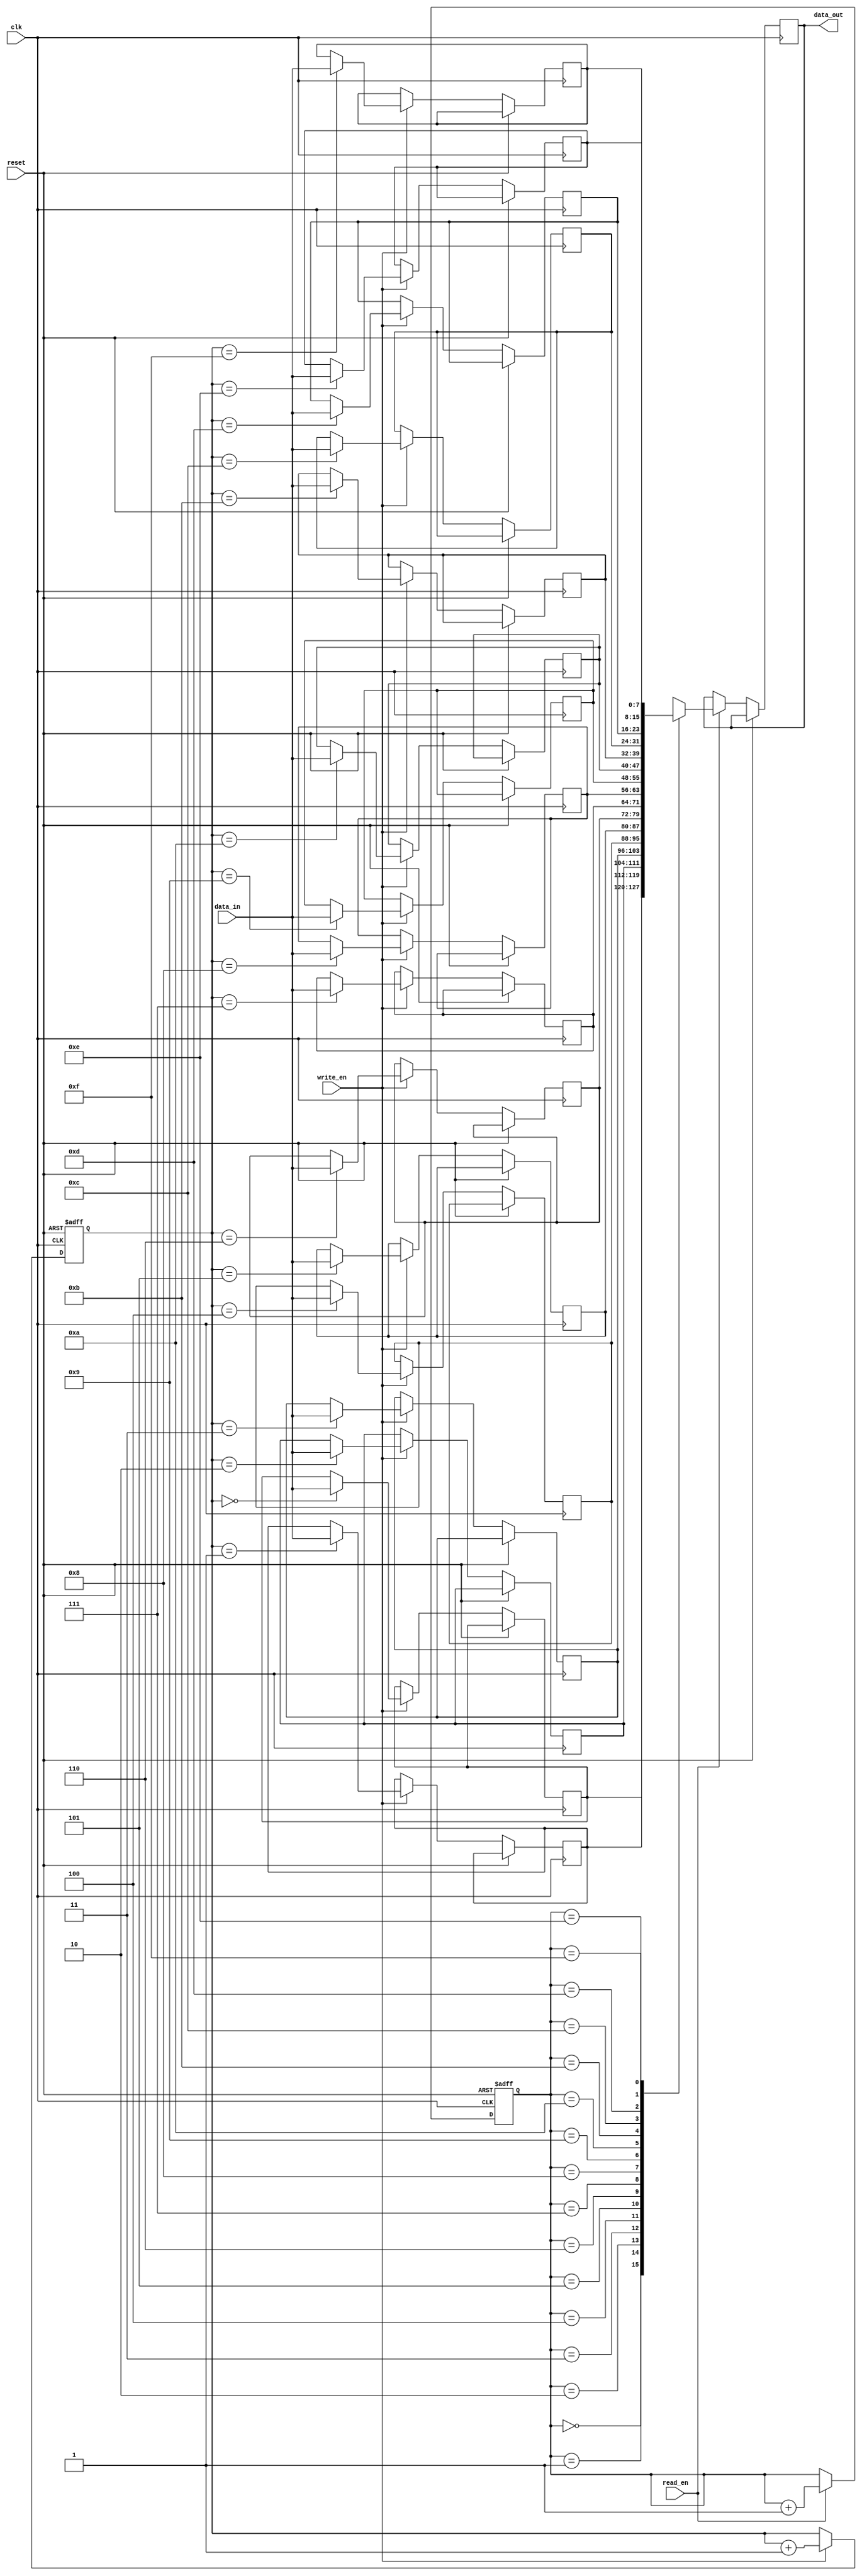
module FIFO (
    input wire clk,
    input wire reset,
    input wire write_en,
    input wire read_en,
    input wire [7:0] data_in,
    output reg [7:0] data_out
);

parameter DEPTH = 16; // Depth of the FIFO

reg [7:0] mem [0:DEPTH-1];
reg [3:0] wr_ptr;
reg [3:0] rd_ptr;

always @(posedge clk or posedge reset) begin
    if (reset) begin
        wr_ptr <= 4'd0;
        rd_ptr <= 4'd0;
    end else begin
        if (write_en) begin
            mem[wr_ptr] <= data_in;
            wr_ptr <= wr_ptr + 1;
        end
        
        if (read_en) begin
            data_out <= mem[rd_ptr];
            rd_ptr <= rd_ptr + 1;
        end
    end
end

endmodule